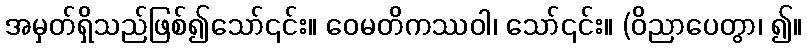
အမှတ်ရှိသည်ဖြစ်၍သော်၎င်း။ ဝေမတိကဿဝါ၊ သော်၎င်း။ (ဝိညာပေတွာ၊ ၍။